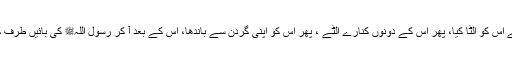
آخر میں نے اس کو الٹا کیا، پھر اس کے دونوں کنارے الٹے ، پھر اس کو اپنی گردن سے باندھا، اس کے بعد آ کر رسول اللہﷺ کی بائیں طرف کھڑا ہو گیا۔